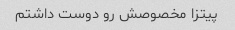
پیتزا مخصوصش رو دوست داشتم